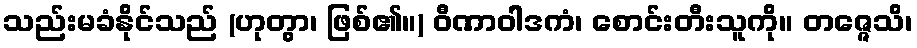
သည်းမခံနိုင်သည် (ဟုတွာ၊ ဖြစ်၏။) ဝီဏာဝါဒကံ၊ စောင်းတီးသူကို။ တဇ္ဇေသိ၊